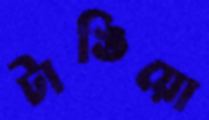
টাঙিয়ো